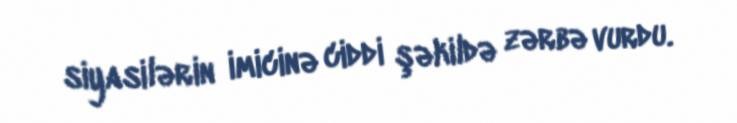
siyasilərin imicinə ciddi şəkildə zərbə vurdu.